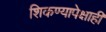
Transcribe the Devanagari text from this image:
शिकण्यापेक्षाही